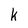
Character: k